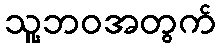
သူ့ဘဝအတွက်